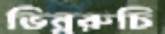
ভিন্নরুচি